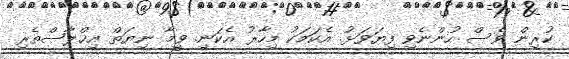
ކުރިން ވެސް ހުންނެވި ފިޔަވަޅު. އެކަމަކު މިހާރު އެކަނި. ވީމާ ނިޔަތް އިޚްލާޞްތެރި